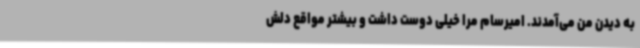
به دیدن من می‌آمدند. امیرسام مرا خیلی دوست داشت و بیشتر مواقع دلش